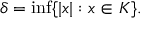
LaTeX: \delta = \operatorname* { i n f } \{ | x | : x \in K \} .